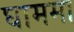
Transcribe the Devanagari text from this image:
घाममा